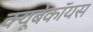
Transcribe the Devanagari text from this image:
क्यूबेकॉयस